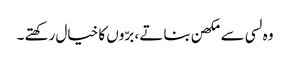
وہ لسی سے مکھن بناتے ، برّوں کا خیال رکھتے ۔